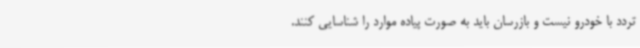
تردد با خودرو نیست و بازرسان باید به صورت پیاده موارد را شناسایی کنند.